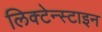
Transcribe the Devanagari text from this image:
लिक्टेन्स्टाइन